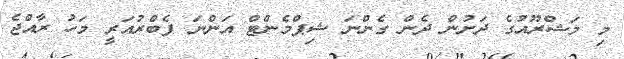
މި މަޝްރޫއުގެ ދަށުން ދެން ގެންނަ ޝިޕްމެންޓް އަންނަ ފެބްރުއަރީ މަހު ރާއްޖެ